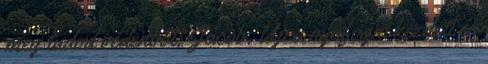
meg tudod védeni őt, Jacob. Újra nyafogni kezdett és